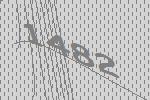
1482